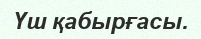
Үш қабырғасы.